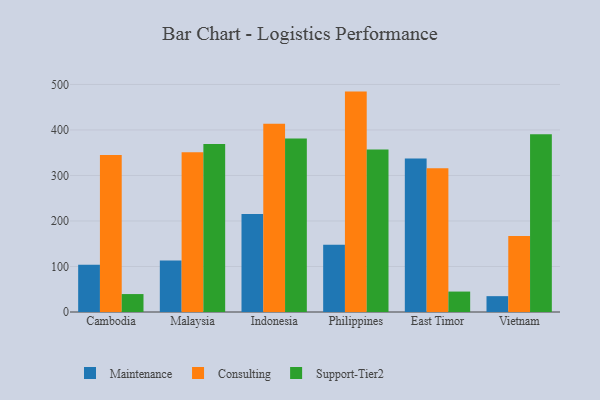
{"axis": {"x": "Country", "y": "Net Income (USD K)"}, "legend": ["Consulting", "Maintenance", "Support-Tier2"], "data": [{"x": "Cambodia", "y": 103.7, "type": "Maintenance"}, {"x": "Cambodia", "y": 344.8, "type": "Consulting"}, {"x": "Cambodia", "y": 39.4, "type": "Support-Tier2"}, {"x": "Malaysia", "y": 113.2, "type": "Maintenance"}, {"x": "Malaysia", "y": 351.1, "type": "Consulting"}, {"x": "Malaysia", "y": 369.4, "type": "Support-Tier2"}, {"x": "Indonesia", "y": 215.4, "type": "Maintenance"}, {"x": "Indonesia", "y": 413.5, "type": "Consulting"}, {"x": "Indonesia", "y": 381.0, "type": "Support-Tier2"}, {"x": "Philippines", "y": 147.6, "type": "Maintenance"}, {"x": "Philippines", "y": 484.3, "type": "Consulting"}, {"x": "Philippines", "y": 357.0, "type": "Support-Tier2"}, {"x": "East Timor", "y": 337.2, "type": "Maintenance"}, {"x": "East Timor", "y": 316.0, "type": "Consulting"}, {"x": "East Timor", "y": 44.9, "type": "Support-Tier2"}, {"x": "Vietnam", "y": 34.8, "type": "Maintenance"}, {"x": "Vietnam", "y": 167.1, "type": "Consulting"}, {"x": "Vietnam", "y": 390.4, "type": "Support-Tier2"}]}